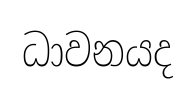
ධාවනයද